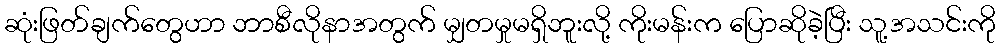
ဆုံးဖြတ်ချက်တွေဟာ ဘာစီလိုနာအတွက် မျှတမှုမရှိဘူးလို့ ကိုးမန်းက ပြောဆိုခဲ့ပြီး သူ့အသင်းကို